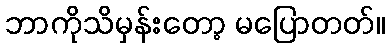
ဘာကိုသိမှန်းတော့ မပြောတတ်။